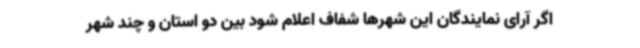
اگر آرای نمایندگان این شهرها شفاف اعلام شود بین دو استان و چند شهر